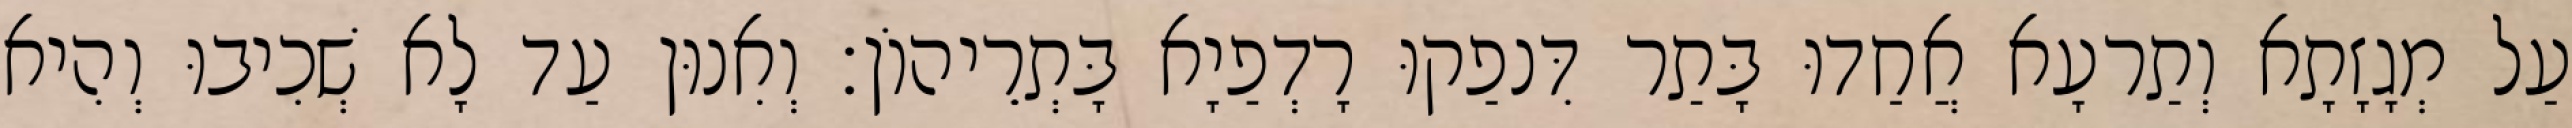
עַל מְגָזָתָא וְתַרעָא אֲחַדוּ בָּתַר דִּנפַקוּ רָדְפַיָא בָּתְרֵיהוֹן׃ וְאִנוּן עַד לָא שְׁכִיבוּ וְהִיא